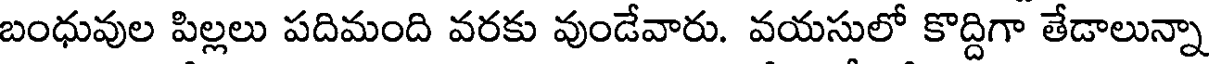
బంధువుల పిల్లలు పదిమంది వరకు వుండేవారు. వయసులో కొద్దిగా తేడాలున్నా